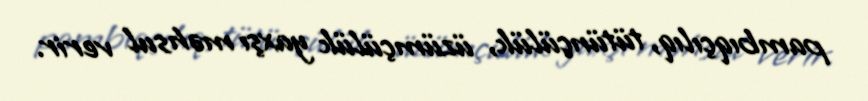
pambıqçılıq, tütünçülük, üzümçülük yaxşı məhsul verir.